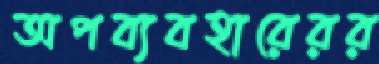
অপব্যবহারেরর